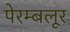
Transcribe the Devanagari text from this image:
पेरम्बलूर